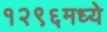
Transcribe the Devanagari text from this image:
१२९६मध्ये